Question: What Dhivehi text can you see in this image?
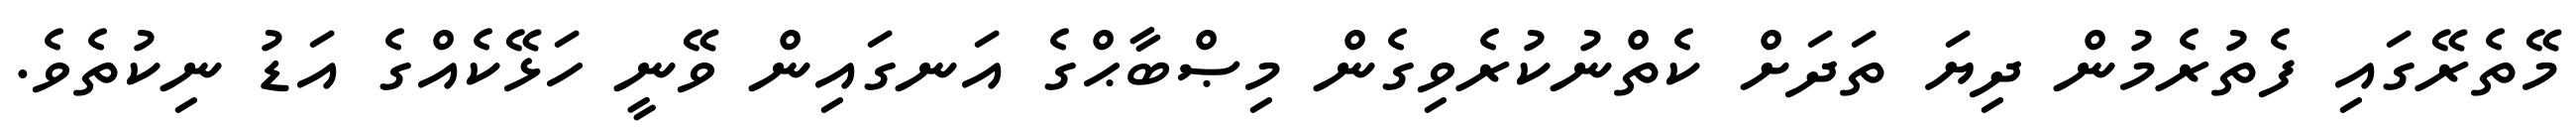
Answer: މޭތެރޭގައި ފެތުރެމުން ދިޔަ ތަދަށް ކެތްނުކުރެވިގެން މިޞްބާޙްގެ އަނގައިން ވޭނީ ހަޅޭކެއްގެ އަޑު ނިކުތެވެ.